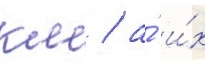
км / а́ и́х